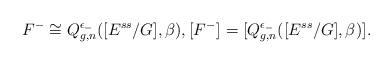
LaTeX: \begin{align*}F^-\cong {Q}^{\epsilon_-}_{g,n}([E^{ss}/G],\beta), [F^-]^{}= [{Q}^{\epsilon_-}_{g,n}([E^{ss}/G],\beta)]^{}.\end{align*}